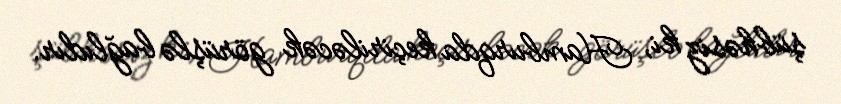
şübhəsiz ki, Hamburqda keçiriləcək görüşlə bağlıdır.